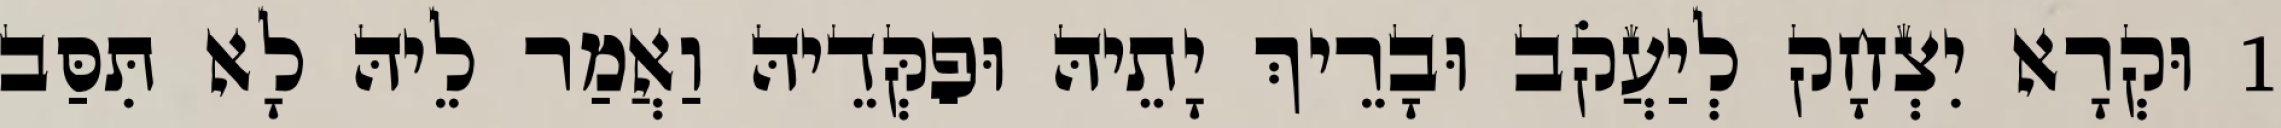
1 וּקְרָא יִצְחָק לְיַעֲקֹב וּבָרֵיךְ יָתֵיהּ וּפַקְּדֵיהּ וַאֲמַר לֵיהּ לָא תִּסַּב